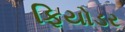
ફિયોડર